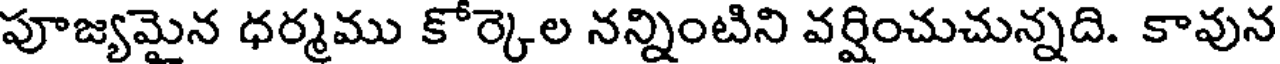
పూజ్యమైన ధర్మము కోర్కెల నన్నింటిని వర్షించుచున్నది. కావున